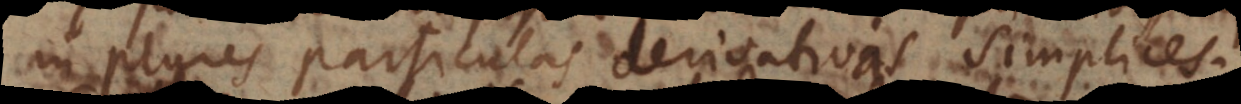
in plures particulas derivativas simplices.